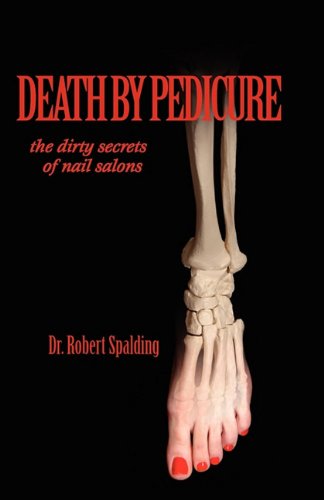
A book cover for Death by Pedicure: the dirty secrets of nail salons; Robert T. Spalding; Medical Books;